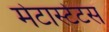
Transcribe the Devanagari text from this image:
मेटास्टेटस